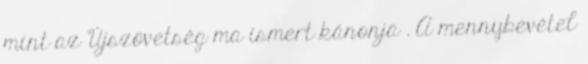
mint az Újszövetség ma ismert kánonja . A mennybevétel